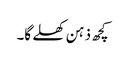
کچھ ذہن کھلے گا۔